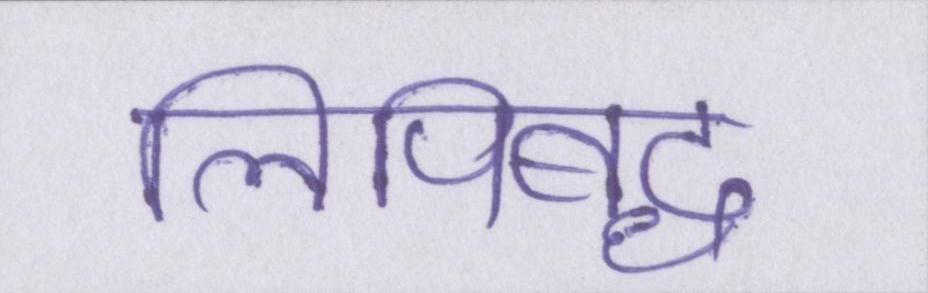
लिपिबद्ध